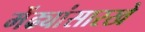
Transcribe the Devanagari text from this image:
मेंढ्यांसारखे